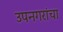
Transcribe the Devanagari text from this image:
उपनगरांचा